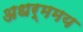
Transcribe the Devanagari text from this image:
अधर्ममय